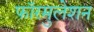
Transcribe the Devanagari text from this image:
फॉरमुलेशन